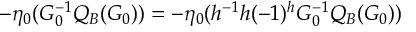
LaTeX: - \eta _ { 0 } ( G _ { 0 } ^ { - 1 } Q _ { B } ( G _ { 0 } ) ) = - \eta _ { 0 } ( h ^ { - 1 } h ( - 1 ) ^ { h } G _ { 0 } ^ { - 1 } Q _ { B } ( G _ { 0 } ) )